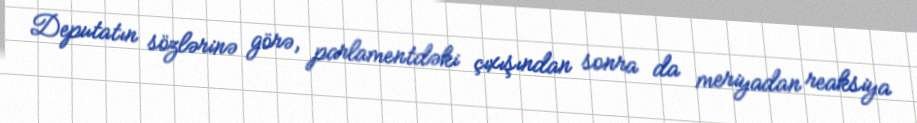
Deputatın sözlərinə görə, parlamentdəki çıxışından sonra da meriyadan reaksiya